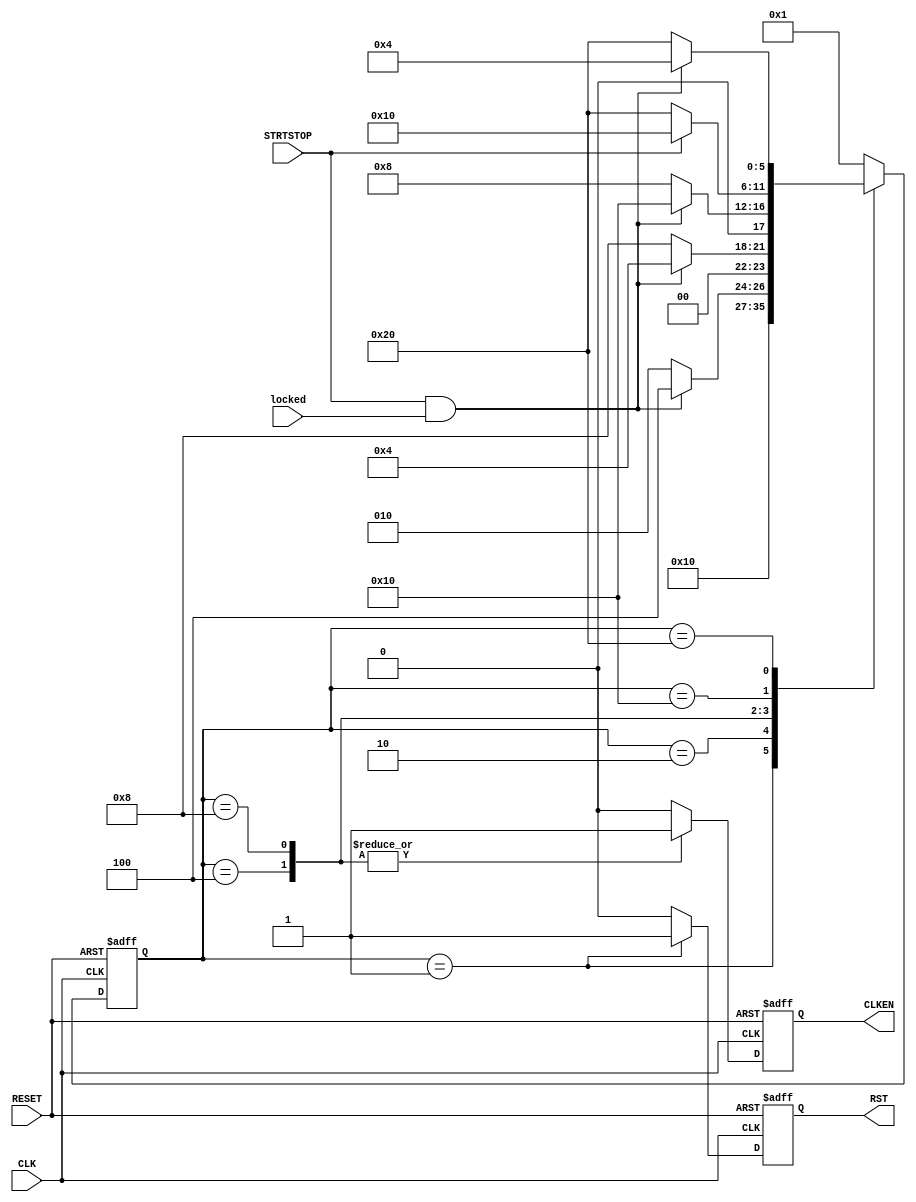
module statmach (CLK, RESET, STRTSTOP, locked, CLKEN, RST);
input CLK, RESET, STRTSTOP, locked;
output CLKEN, RST;

reg CLKEN_NEXT, RST_NEXT;
reg CLKEN, RST;
   
parameter
      clear = 6'b000001,
       zero = 6'b000010,
      start = 6'b000100,
   counting = 6'b001000,
       stop = 6'b010000,
    stopped = 6'b100000;

reg [5:0] current_state /* synthesis syn_state_machine = 1 */;
reg [5:0] next_state;

// RST AND CLKEN MUST BE REGISTERED TO PREVENT GLITCHING!

always@(current_state or STRTSTOP or locked)
  begin
     case (current_state)
      clear : begin
                next_state <= zero;
                RST_NEXT <= 1'b1;
					 CLKEN_NEXT <= 0;
              end
      zero  : begin
		        next_state <= (STRTSTOP & locked) ? start : zero;	    
              RST_NEXT <= 0;
    			  CLKEN_NEXT <= 0;
				  end
      start : begin
		        next_state <= (STRTSTOP & locked) ? start : counting;
              RST_NEXT <= 0;
    			  CLKEN_NEXT <= 1'b1;
				  end
     counting : begin
                  next_state <= (STRTSTOP & locked) ? stop : counting;
                  RST_NEXT <= 0;
                  CLKEN_NEXT <= 1'b1;
                end
        stop : begin
					next_state <= (STRTSTOP) ? stop : stopped;
              RST_NEXT <= 0;
    			  CLKEN_NEXT <= 0;
					end
     stopped : begin
					next_state <= (STRTSTOP & locked) ? start : stopped;
              RST_NEXT <= 0;
    			  CLKEN_NEXT <= 0;
					end
     default : begin
					next_state <= clear; 
              RST_NEXT <= 0;
    			  CLKEN_NEXT <= 0;
					end
    endcase
  end
   
always @ (posedge CLK or posedge RESET)
      begin
	 if (RESET == 1'b1) begin
	    current_state = clear;
		 RST = 0;
		 CLKEN = 0;
		 end
	 else begin
	    current_state = next_state;
		 RST = RST_NEXT;
		 CLKEN = CLKEN_NEXT;
		 end
      end

endmodule